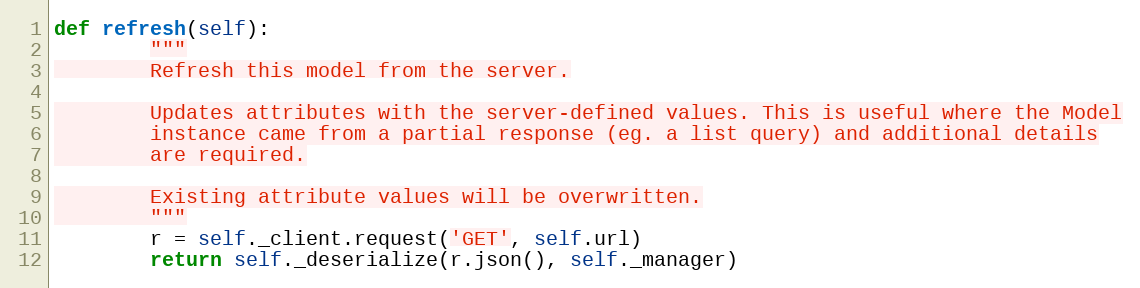
Language: Python
def refresh(self):
        """
        Refresh this model from the server.

        Updates attributes with the server-defined values. This is useful where the Model
        instance came from a partial response (eg. a list query) and additional details
        are required.

        Existing attribute values will be overwritten.
        """
        r = self._client.request('GET', self.url)
        return self._deserialize(r.json(), self._manager)